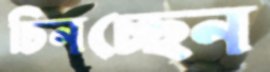
চিনচ্ছেন